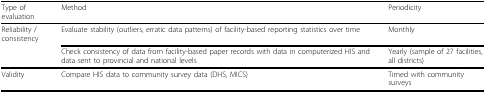
<table><thead><tr><td><b>Type of evaluation</b></td><td><b>Method</b></td><td><b>Periodicity</b></td></tr></thead><tbody><tr><td>Reliability / consistency</td><td>Evaluate stability (outliers, erratic data patterns) of facility-based reporting statistics over time</td><td>Monthly</td></tr><tr><td></td><td>Check consistency of data from facility-based paper records with data in computerized HIS and data sent to provincial and national levels</td><td>Yearly (sample of 27 facilities, all districts)</td></tr><tr><td>Validity</td><td>Compare HIS data to community survey data (DHS, MICS)</td><td>Timed with community surveys</td></tr></tbody></table>